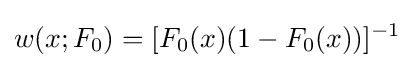
w(x;F_{0})=[F_{0}(x)(1-F_{0}(x))]^{-1}